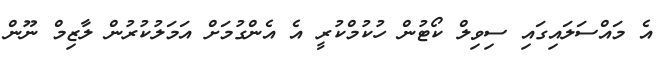
އެ މައްސަލައިގައި ސިވިލް ކޯޓުން ހުކުމްކުރީ އެ އެންގުމަށް އަމަލުކުރުން ލާޒިމް ނޫން